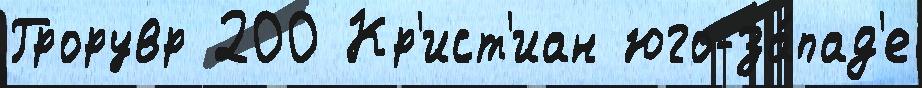
Грорувр 200 Кр'ист'иан юго-за́пад'е